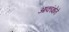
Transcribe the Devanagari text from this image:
आकांक्षेने